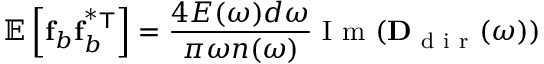
\mathbb { E } \left[ \mathbf { f } _ { b } \mathbf { f } _ { b } ^ { \mathsf { ^ { * } T } } \right] = \frac { 4 E ( \omega ) d \omega } { \pi \omega n ( \omega ) } \mathrm { ~ I ~ m ~ } ( \mathbf { D } _ { \mathrm { ~ d ~ i ~ r ~ } } ( \omega ) )